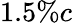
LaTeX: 1.5\% c